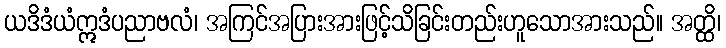
ယဒိဒံယံဣဒံပညာဗလံ၊ အကြင်အပြားအားဖြင့်သိခြင်းတည်းဟူသောအားသည်။ အတ္ထိ၊